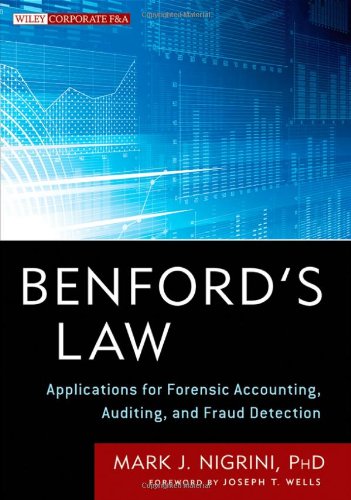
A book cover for Benford's Law: Applications for Forensic Accounting, Auditing, and Fraud Detection; Mark Nigrini; Business & Money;